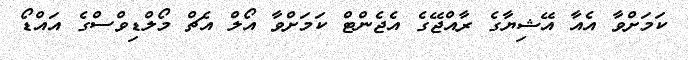
ކަމަށްވާ އެއާ އޭޝިޔާގެ ރާއްޖޭގެ އެޖެންޓް ކަމަށްވާ އޯލް އެޗް މޯލްޑިވްސްގެ އައްޑޯ